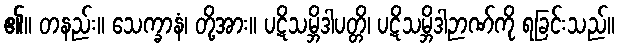
၏။ တနည်း။ သေက္ခာနံ၊ တို့အား။ ပဋိသမ္ဘိဒါပတ္တိ၊ ပဋိသမ္ဘိဒါဉာဏ်ကို ရခြင်းသည်။